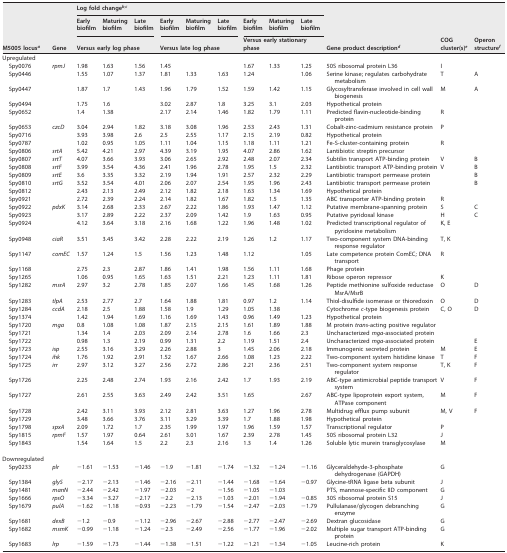
<table><thead><tr><td rowspan="3"><b>M5005 locus<sup>a</sup></b></td><td rowspan="3"><b>Gene</b></td><td colspan="9"><b>Log fold change<sup>b</sup>,<sup>c</sup></b></td><td rowspan="3"><b>Gene product description<sup>d</sup></b></td><td rowspan="3"><b>COG cluster(s)<sup>e</sup></b></td><td rowspan="3"><b>Operon structure<sup>f</sup></b></td></tr><tr><td><b>Early biofilm</b></td><td><b>Maturing biofilm</b></td><td><b>Late biofilm</b></td><td><b>Early biofilm</b></td><td><b>Maturing biofilm</b></td><td><b>Late biofilm</b></td><td><b>Early biofilm</b></td><td><b>Maturing biofilm</b></td><td><b>Late biofilm</b></td></tr><tr><td colspan="3"><b>Versus early log phase</b></td><td colspan="3"><b>Versus late log phase</b></td><td colspan="3"><b>Versus early stationary phase</b></td></tr></thead><tbody><tr><td>Upregulated</td><td></td><td></td><td></td><td></td><td></td><td></td><td></td><td></td><td></td><td></td><td></td><td></td><td></td></tr><tr><td>Spy0076</td><td><i>rpmJ</i></td><td>1.98</td><td>1.63</td><td>1.56</td><td>1.45</td><td></td><td></td><td>1.67</td><td>1.33</td><td>1.25</td><td>50S ribosomal protein L36</td><td>I</td><td></td></tr><tr><td>Spy0446</td><td></td><td>1.55</td><td>1.07</td><td>1.37</td><td>1.81</td><td>1.33</td><td>1.63</td><td>1.24</td><td></td><td>1.06</td><td>Serine kinase; regulates carbohydrate metabolism</td><td>T</td><td>A</td></tr><tr><td>Spy0447</td><td></td><td>1.87</td><td>1.7</td><td>1.43</td><td>1.96</td><td>1.79</td><td>1.52</td><td>1.59</td><td>1.42</td><td>1.15</td><td>Glycosyltransferase involved in cell wall biogenesis</td><td>M</td><td>A</td></tr><tr><td>Spy0494</td><td></td><td>1.75</td><td>1.6</td><td></td><td>3.02</td><td>2.87</td><td>1.8</td><td>3.25</td><td>3.1</td><td>2.03</td><td>Hypothetical protein</td><td></td><td></td></tr><tr><td>Spy0652</td><td></td><td>1.4</td><td>1.38</td><td></td><td>2.17</td><td>2.14</td><td>1.46</td><td>1.82</td><td>1.79</td><td>1.11</td><td>Predicted flavin-nucleotide-binding protein</td><td>R</td><td></td></tr><tr><td>Spy0653</td><td><i>czcD</i></td><td>3.04</td><td>2.94</td><td>1.82</td><td>3.18</td><td>3.08</td><td>1.96</td><td>2.53</td><td>2.43</td><td>1.31</td><td>Cobalt-zinc-cadmium resistance protein</td><td>P</td><td></td></tr><tr><td>Spy0716</td><td></td><td>3.93</td><td>3.98</td><td>2.6</td><td>2.5</td><td>2.55</td><td>1.17</td><td>2.15</td><td>2.19</td><td>0.82</td><td>Hypothetical protein</td><td></td><td></td></tr><tr><td>Spy0787</td><td></td><td>1.02</td><td>0.95</td><td>1.05</td><td>1.11</td><td>1.04</td><td>1.15</td><td>1.18</td><td>1.11</td><td>1.21</td><td>Fe-S-cluster-containing protein</td><td>R</td><td></td></tr><tr><td>Spy0806</td><td><i>srtA</i></td><td>5.42</td><td>4.21</td><td>2.97</td><td>4.39</td><td>3.19</td><td>1.95</td><td>4.07</td><td>2.86</td><td>1.62</td><td>Lantibiotic streptin precursor</td><td></td><td></td></tr><tr><td>Spy0807</td><td><i>srtT</i></td><td>4.07</td><td>3.66</td><td>3.93</td><td>3.06</td><td>2.65</td><td>2.92</td><td>2.48</td><td>2.07</td><td>2.34</td><td>Subtilin transport ATP-binding protein</td><td>V</td><td>B</td></tr><tr><td>Spy0808</td><td><i>srtF</i></td><td>3.99</td><td>3.54</td><td>4.36</td><td>2.41</td><td>1.96</td><td>2.78</td><td>1.95</td><td>1.5</td><td>2.32</td><td>Lantibiotic transport ATP-binding protein</td><td>V</td><td>B</td></tr><tr><td>Spy0809</td><td><i>srtE</i></td><td>3.6</td><td>3.35</td><td>3.32</td><td>2.19</td><td>1.94</td><td>1.91</td><td>2.57</td><td>2.32</td><td>2.29</td><td>Lantibiotic transport permease protein</td><td></td><td>B</td></tr><tr><td>Spy0810</td><td><i>srtG</i></td><td>3.52</td><td>3.54</td><td>4.01</td><td>2.06</td><td>2.07</td><td>2.54</td><td>1.95</td><td>1.96</td><td>2.43</td><td>Lantibiotic transport permease protein</td><td></td><td>B</td></tr><tr><td>Spy0812</td><td></td><td>2.43</td><td>2.13</td><td>2.49</td><td>2.12</td><td>1.82</td><td>2.18</td><td>1.63</td><td>1.34</td><td>1.69</td><td>Hypothetical protein</td><td></td><td></td></tr><tr><td>Spy0921</td><td></td><td>2.72</td><td>2.39</td><td>2.24</td><td>2.14</td><td>1.82</td><td>1.67</td><td>1.82</td><td>1.5</td><td>1.35</td><td>ABC transporter ATP-binding protein</td><td>R</td><td></td></tr><tr><td>Spy0922</td><td><i>pdxK</i></td><td>3.14</td><td>2.68</td><td>2.33</td><td>2.67</td><td>2.22</td><td>1.86</td><td>1.93</td><td>1.47</td><td>1.12</td><td>Putative membrane-spanning protein</td><td>S</td><td>C</td></tr><tr><td>Spy0923</td><td></td><td>3.17</td><td>2.89</td><td>2.22</td><td>2.37</td><td>2.09</td><td>1.42</td><td>1.9</td><td>1.63</td><td>0.95</td><td>Putative pyridoxal kinase</td><td>H</td><td>C</td></tr><tr><td>Spy0924</td><td></td><td>4.12</td><td>3.64</td><td>3.18</td><td>2.16</td><td>1.68</td><td>1.22</td><td>1.96</td><td>1.48</td><td>1.02</td><td>Predicted transcriptional regulator of pyridoxine metabolism</td><td>K, E</td><td></td></tr><tr><td>Spy0948</td><td><i>ciaR</i></td><td>3.51</td><td>3.45</td><td>3.42</td><td>2.28</td><td>2.22</td><td>2.19</td><td>1.26</td><td>1.2</td><td>1.17</td><td>Two-component system DNA-binding response regulator</td><td>T, K</td><td></td></tr><tr><td>Spy1147</td><td><i>comEC</i></td><td>1.57</td><td>1.24</td><td>1.5</td><td>1.56</td><td>1.23</td><td>1.48</td><td>1.12</td><td></td><td>1.05</td><td>Late competence protein ComEC; DNA transport</td><td>R</td><td></td></tr><tr><td>Spy1168</td><td></td><td>2.75</td><td>2.3</td><td>2.87</td><td>1.86</td><td>1.41</td><td>1.98</td><td>1.56</td><td>1.11</td><td>1.68</td><td>Phage protein</td><td></td><td></td></tr><tr><td>Spy1265</td><td></td><td>1.06</td><td>0.95</td><td>1.65</td><td>1.63</td><td>1.51</td><td>2.21</td><td>1.23</td><td>1.11</td><td>1.81</td><td>Ribose operon repressor</td><td>K</td><td></td></tr><tr><td>Spy1282</td><td><i>msrA</i></td><td>2.97</td><td>3.2</td><td>2.78</td><td>1.85</td><td>2.07</td><td>1.66</td><td>1.45</td><td>1.68</td><td>1.26</td><td>Peptide methionine sulfoxide reductase MsrA/MsrB</td><td>O</td><td>D</td></tr><tr><td>Spy1283</td><td><i>tlpA</i></td><td>2.53</td><td>2.77</td><td>2.7</td><td>1.64</td><td>1.88</td><td>1.81</td><td>0.97</td><td>1.2</td><td>1.14</td><td>Thiol-disulfide isomerase or thioredoxin</td><td>O</td><td>D</td></tr><tr><td>Spy1284</td><td><i>ccdA</i></td><td>2.18</td><td>2.5</td><td>1.88</td><td>1.58</td><td>1.9</td><td>1.29</td><td>1.05</td><td>1.38</td><td></td><td>Cytochrome <i>c</i>-type biogenesis protein</td><td>C, O</td><td>D</td></tr><tr><td>Spy1374</td><td></td><td>1.42</td><td>1.94</td><td>1.69</td><td>1.16</td><td>1.69</td><td>1.43</td><td>0.96</td><td>1.49</td><td>1.23</td><td>Hypothetical protein</td><td></td><td></td></tr><tr><td>Spy1720</td><td><i>mga</i></td><td>0.8</td><td>1.08</td><td>1.08</td><td>1.87</td><td>2.15</td><td>2.15</td><td>1.61</td><td>1.89</td><td>1.88</td><td>M protein <i>trans</i>-acting positive regulator</td><td></td><td></td></tr><tr><td>Spy1721</td><td></td><td>1.34</td><td>1.4</td><td>2.03</td><td>2.09</td><td>2.14</td><td>2.78</td><td>1.6</td><td>1.66</td><td>2.3</td><td>Uncharacterized <i>mga</i>-associated protein</td><td></td><td></td></tr><tr><td>Spy1722</td><td></td><td>0.98</td><td>1.3</td><td>2.19</td><td>0.99</td><td>1.31</td><td>2.2</td><td>1.19</td><td>1.51</td><td>2.4</td><td>Uncharacterized <i>mga</i>-associated protein</td><td></td><td>E</td></tr><tr><td>Spy1723</td><td><i>isp</i></td><td>2.55</td><td>3.16</td><td>3.29</td><td>2.26</td><td>2.88</td><td>3</td><td>1.45</td><td>2.06</td><td>2.18</td><td>Immunogenic secreted protein</td><td>M</td><td>E</td></tr><tr><td>Spy1724</td><td><i>ihk</i></td><td>1.76</td><td>1.92</td><td>2.91</td><td>1.52</td><td>1.67</td><td>2.66</td><td>1.08</td><td>1.23</td><td>2.22</td><td>Two-component system histidine kinase</td><td>T</td><td>F</td></tr><tr><td>Spy1725</td><td><i>irr</i></td><td>2.97</td><td>3.12</td><td>3.27</td><td>2.56</td><td>2.72</td><td>2.86</td><td>2.21</td><td>2.36</td><td>2.51</td><td>Two-component system response regulator</td><td>T, K</td><td>F</td></tr><tr><td>Spy1726</td><td></td><td>2.25</td><td>2.48</td><td>2.74</td><td>1.93</td><td>2.16</td><td>2.42</td><td>1.7</td><td>1.93</td><td>2.19</td><td>ABC-type antimicrobial peptide transport system</td><td>V</td><td>F</td></tr><tr><td>Spy1727</td><td></td><td>2.61</td><td>2.55</td><td>3.63</td><td>2.49</td><td>2.42</td><td>3.51</td><td>1.65</td><td></td><td>2.67</td><td>ABC-type lipoprotein export system, ATPase component</td><td>M</td><td>F</td></tr><tr><td>Spy1728</td><td></td><td>2.42</td><td>3.11</td><td>3.93</td><td>2.12</td><td>2.81</td><td>3.63</td><td>1.27</td><td>1.96</td><td>2.78</td><td>Multidrug efflux pump subunit</td><td>M, V</td><td>F</td></tr><tr><td>Spy1729</td><td></td><td>3.48</td><td>3.66</td><td>3.76</td><td>3.11</td><td>3.29</td><td>3.39</td><td>1.7</td><td>1.88</td><td>1.98</td><td>Hypothetical protein</td><td></td><td></td></tr><tr><td>Spy1798</td><td><i>spxA</i></td><td>2.09</td><td>1.72</td><td>1.7</td><td>2.35</td><td>1.99</td><td>1.97</td><td>1.96</td><td>1.59</td><td>1.57</td><td>Transcriptional regulator</td><td>P</td><td></td></tr><tr><td>Spy1815</td><td><i>rpmF</i></td><td>1.57</td><td>1.97</td><td>0.64</td><td>2.61</td><td>3.01</td><td>1.67</td><td>2.39</td><td>2.78</td><td>1.45</td><td>50S ribosomal protein L32</td><td>J</td><td></td></tr><tr><td>Spy1843</td><td></td><td>1.54</td><td>1.64</td><td>1.5</td><td>2.2</td><td>2.3</td><td>2.16</td><td>1.3</td><td>1.4</td><td>1.26</td><td>Soluble lytic murein transglycosylase</td><td>M</td><td></td></tr><tr><td>Downregulated</td><td></td><td></td><td></td><td></td><td></td><td></td><td></td><td></td><td></td><td></td><td></td><td></td><td></td></tr><tr><td>Spy0233</td><td><i>plr</i></td><td>−1.61</td><td>−1.53</td><td>−1.46</td><td>−1.9</td><td>−1.81</td><td>−1.74</td><td>−1.32</td><td>−1.24</td><td>−1.16</td><td>Glyceraldehyde-3-phosphate dehydrogenase (GAPDH)</td><td>G</td><td></td></tr><tr><td>Spy1384</td><td><i>glyS</i></td><td>−2.17</td><td>−2.13</td><td>−1.46</td><td>−2.16</td><td>−2.11</td><td>−1.44</td><td>−1.68</td><td>−1.64</td><td>−0.97</td><td>Glycine-tRNA ligase beta subunit</td><td>J</td><td></td></tr><tr><td>Spy1481</td><td><i>manN</i></td><td>−2.44</td><td>−2.42</td><td>−1.97</td><td>−2.03</td><td>−2</td><td>−1.56</td><td>−1.05</td><td>−1.03</td><td></td><td>PTS, mannose-specific IID component</td><td>G</td><td></td></tr><tr><td>Spy1666</td><td><i>rpsO</i></td><td>−3.34</td><td>−3.27</td><td>−2.17</td><td>−2.2</td><td>−2.13</td><td>−1.03</td><td>−2.01</td><td>−1.94</td><td>−0.85</td><td>30S ribosomal protein S15</td><td>J</td><td></td></tr><tr><td>Spy1679</td><td><i>pulA</i></td><td>−1.62</td><td>−1.18</td><td>−0.93</td><td>−2.23</td><td>−1.79</td><td>−1.54</td><td>−2.47</td><td>−2.03</td><td>−1.79</td><td>Pullulanase/glycogen debranching enzyme</td><td>G</td><td></td></tr><tr><td>Spy1681</td><td><i>dexB</i></td><td>−1.2</td><td>−0.9</td><td>−1.12</td><td>−2.96</td><td>−2.67</td><td>−2.88</td><td>−2.77</td><td>−2.47</td><td>−2.69</td><td>Dextran glucosidase</td><td>G</td><td></td></tr><tr><td>Spy1682</td><td><i>msmK</i></td><td>−0.99</td><td>−1.18</td><td>−1.24</td><td>−2.3</td><td>−2.49</td><td>−2.56</td><td>−1.77</td><td>−1.96</td><td>−2.02</td><td>Multiple sugar transport ATP-binding protein</td><td>G</td><td></td></tr><tr><td>Spy1683</td><td><i>lrp</i></td><td>−1.59</td><td>−1.73</td><td>−1.44</td><td>−1.38</td><td>−1.51</td><td>−1.22</td><td>−1.21</td><td>−1.34</td><td>−1.05</td><td>Leucine-rich protein</td><td>K</td><td></td></tr></tbody></table>